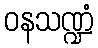
ဝနသဏ္ဍံ